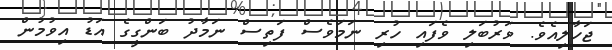
ޖަހާލިއެވެ. ވަރުބަލި ވެފައި ހުރި ނަމަވެސް ފަތިސް ނަމާދު ބަންގީގެ އަޑު އިވުމުން